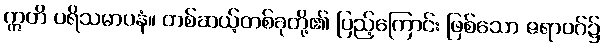
ဣတိ ပရိသမာပနံ။ တစ်ဆယ့်တစ်ခုတို့၏ ပြည့်ကြောင်း ဖြစ်သော ဇရာဝဂ်၌